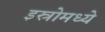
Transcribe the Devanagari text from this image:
इस्रोमध्ये